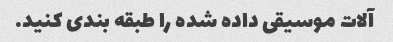
آلات موسیقی داده شده را طبقه بندی کنید.